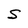
Character: S